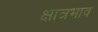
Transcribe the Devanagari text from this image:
क्षात्रभाव